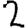
Digit: 2